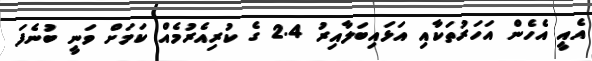
އެއީ އެހެން އަހަރުތަކާއި އަޅައިބަލާއިރު 2.4 ގެ ކުރިއެރުމެއް ކަމަށް ވަނީ ބުނެފަ